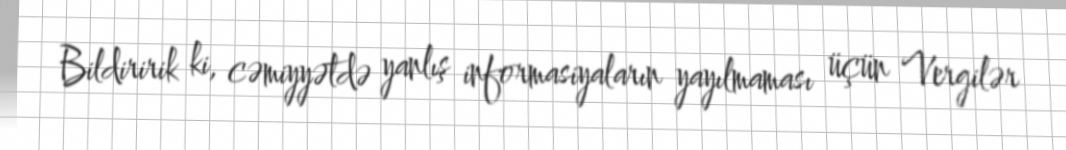
Bildiririk ki, cəmiyyətdə yanlış informasiyaların yayılmaması üçün Vergilər